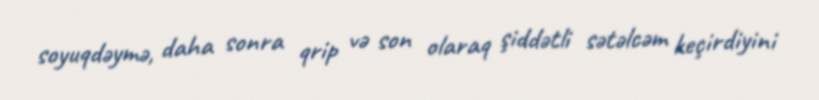
soyuqdəymə, daha sonra qrip və son olaraq şiddətli sətəlcəm keçirdiyini